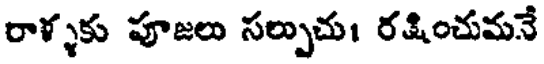
రాళ్ళకు పూజలు సల్పుచు। రక్షించుమనే